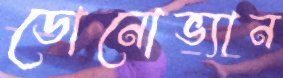
ডোনোভ্যান